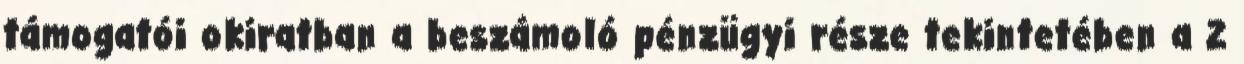
támogatói okiratban a beszámoló pénzügyi része tekintetében a 2